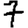
Digit: 7